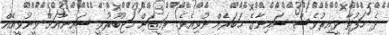
ދެ ހަފުތާ ވީއިރުވެސް ސައިނާގެ ޚަބަރެއް ނުވިއެވެ. ރަމީޒަށް މަޖުބޫރުވީ ސައިނާއަށް ވީނުވީއެއް